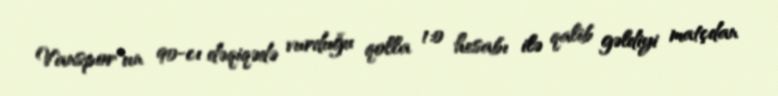
Vanspor"un 90-cı dəqiqədə vurduğu qolla 1:0 hesabı ilə qalib gəldiyi matçdan